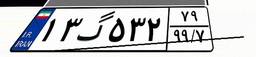
۱۳گ۵۳۲۷۹